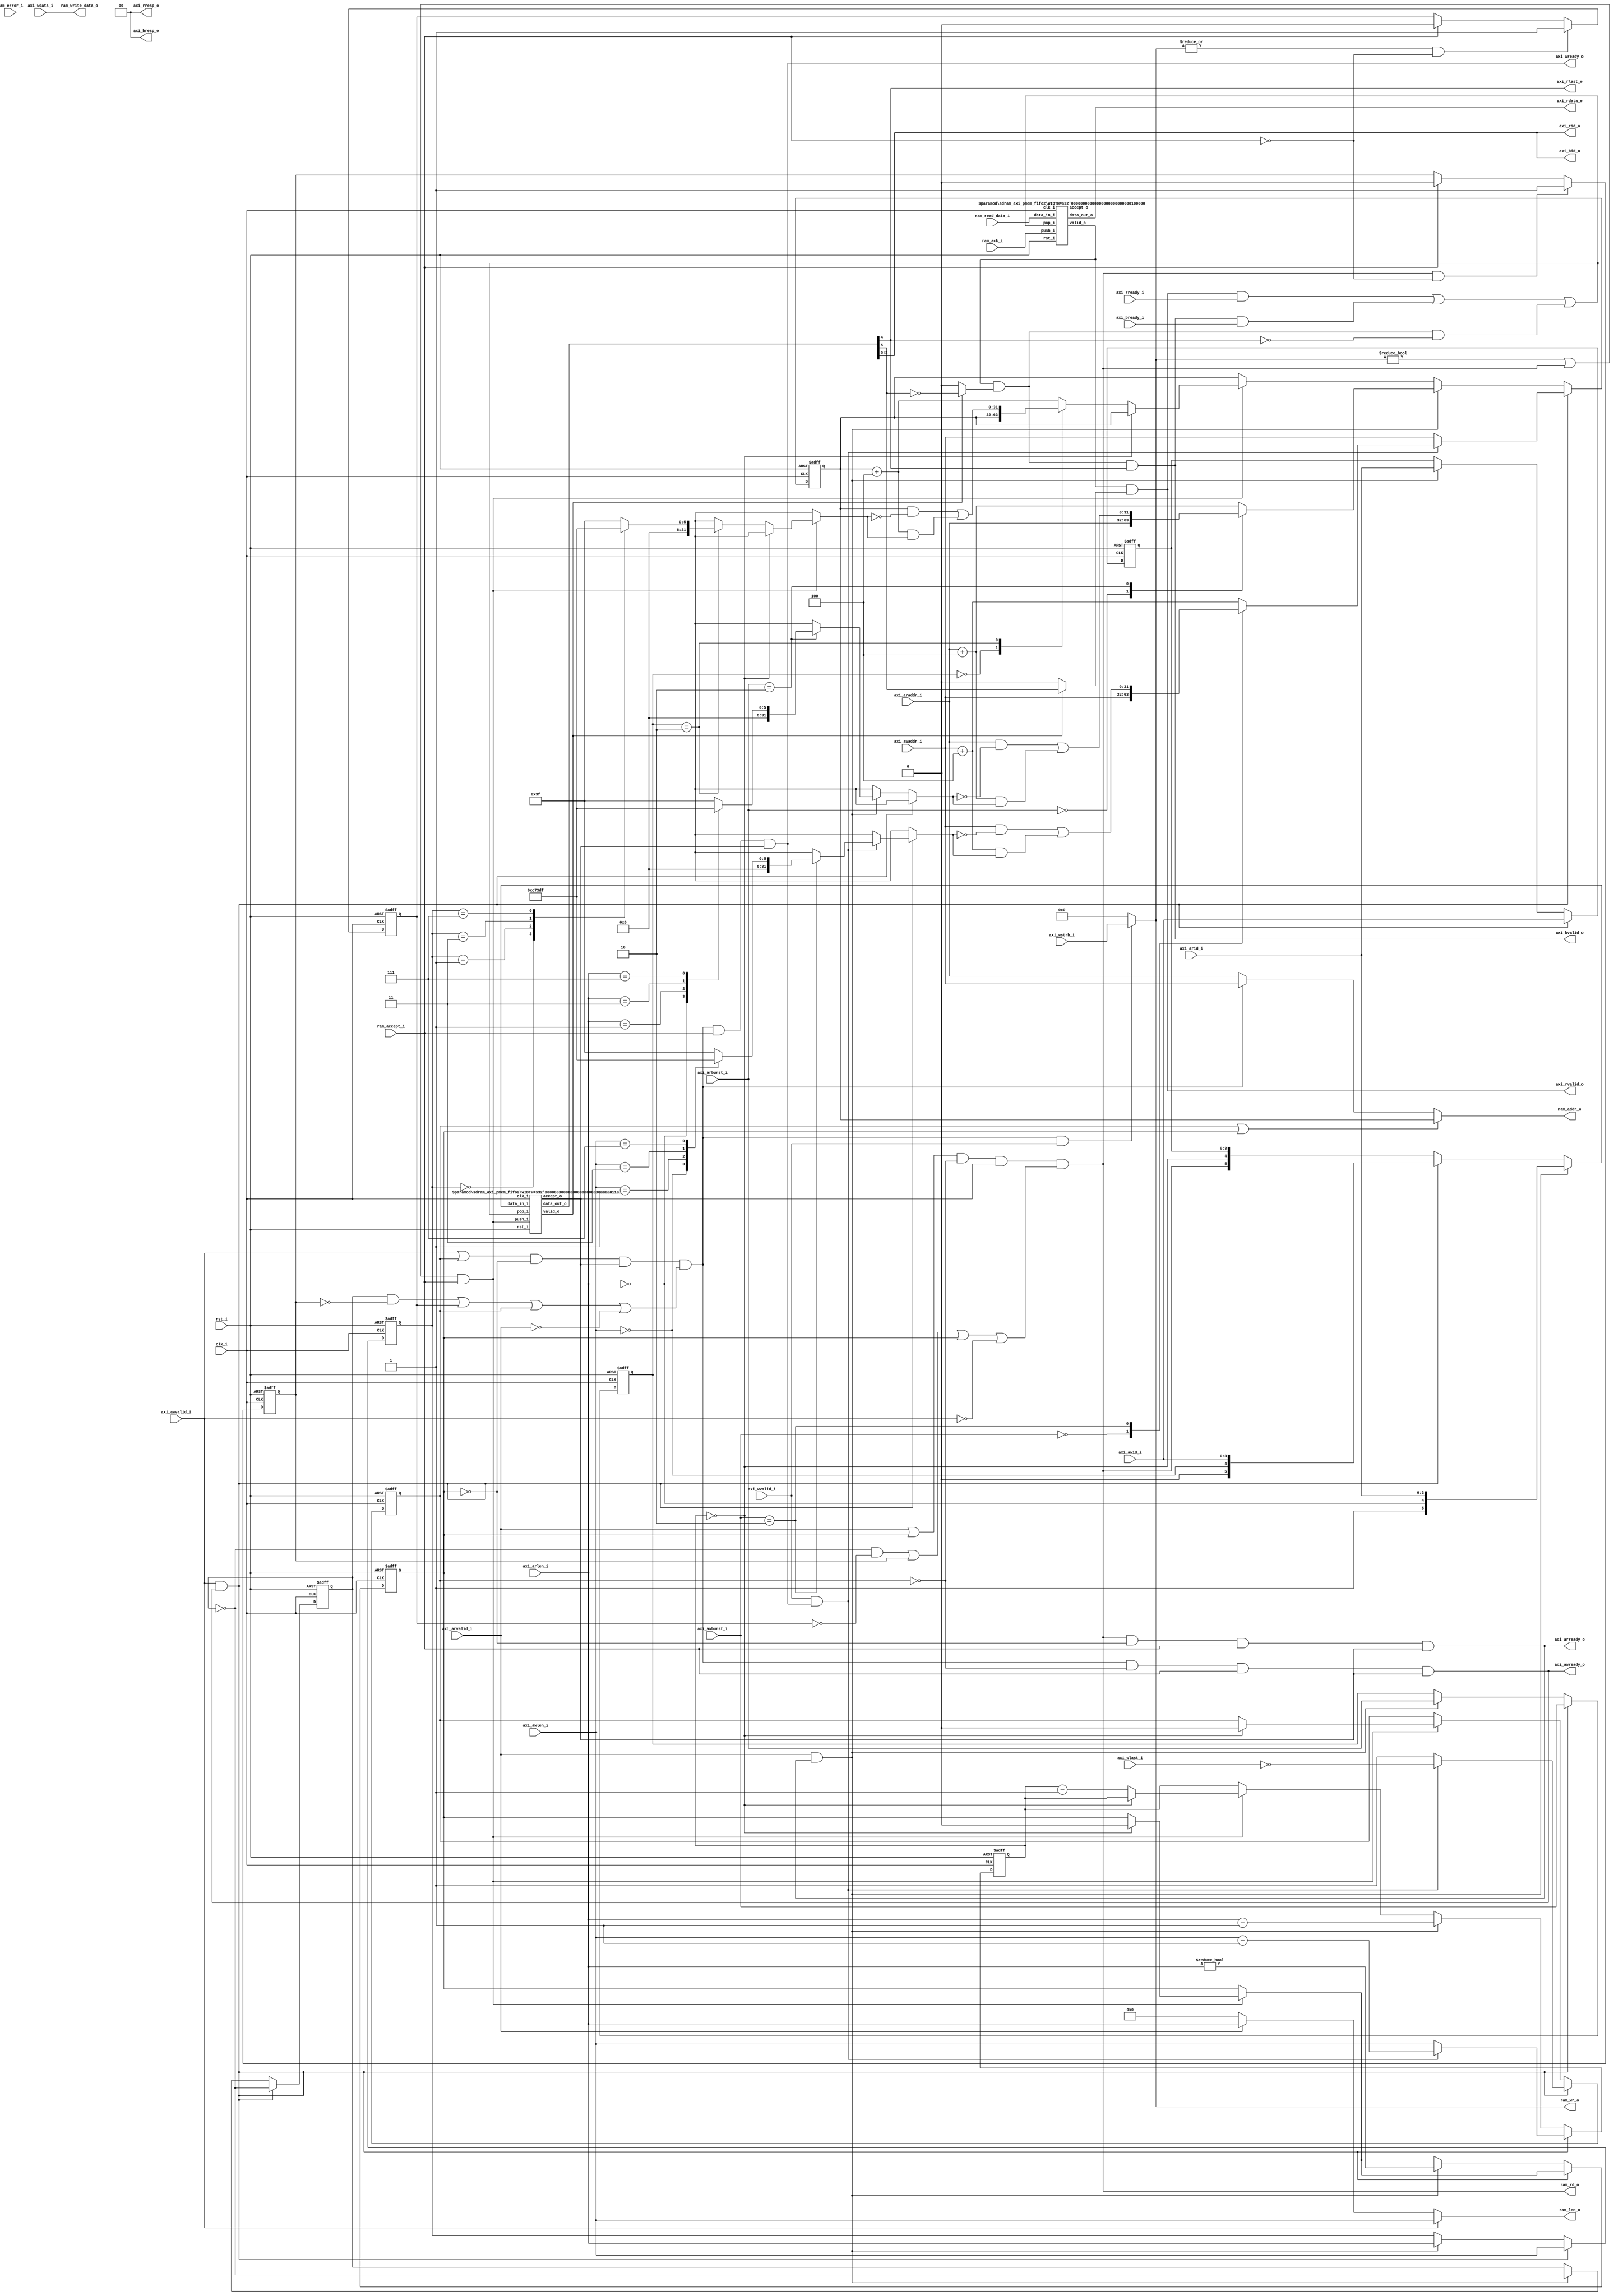
//-----------------------------------------------------------------
//                    SDRAM Controller (AXI4)
//                           V1.0
//                     Ultra-Embedded.com
//                     Copyright 2015-2019
//
//
//                         License: GPL
// If you would like a version with a more permissive license for
// use in closed source commercial applications please contact me
// for details.
//-----------------------------------------------------------------
//
// This file is open source HDL; you can redistribute it and/or 
// modify it under the terms of the GNU General Public License as 
// published by the Free Software Foundation; either version 2 of 
// the License, or (at your option) any later version.
//
// This file is distributed in the hope that it will be useful,
// but WITHOUT ANY WARRANTY; without even the implied warranty of
// MERCHANTABILITY or FITNESS FOR A PARTICULAR PURPOSE.  See the
// GNU General Public License for more details.
//
// You should have received a copy of the GNU General Public 
// License along with this file; if not, write to the Free Software
// Foundation, Inc., 59 Temple Place, Suite 330, Boston, MA 02111-1307
// USA
//-----------------------------------------------------------------

//-----------------------------------------------------------------
//                          Generated File
//-----------------------------------------------------------------

module sdram_axi_pmem
(
    // Inputs
     input           clk_i
    ,input           rst_i
    ,input           axi_awvalid_i
    ,input  [ 31:0]  axi_awaddr_i
    ,input  [  3:0]  axi_awid_i
    ,input  [  7:0]  axi_awlen_i
    ,input  [  1:0]  axi_awburst_i
    ,input           axi_wvalid_i
    ,input  [ 31:0]  axi_wdata_i
    ,input  [  3:0]  axi_wstrb_i
    ,input           axi_wlast_i
    ,input           axi_bready_i
    ,input           axi_arvalid_i
    ,input  [ 31:0]  axi_araddr_i
    ,input  [  3:0]  axi_arid_i
    ,input  [  7:0]  axi_arlen_i
    ,input  [  1:0]  axi_arburst_i
    ,input           axi_rready_i
    ,input           ram_accept_i
    ,input           ram_ack_i
    ,input           ram_error_i
    ,input  [ 31:0]  ram_read_data_i

    // Outputs
    ,output          axi_awready_o
    ,output          axi_wready_o
    ,output          axi_bvalid_o
    ,output [  1:0]  axi_bresp_o
    ,output [  3:0]  axi_bid_o
    ,output          axi_arready_o
    ,output          axi_rvalid_o
    ,output [ 31:0]  axi_rdata_o
    ,output [  1:0]  axi_rresp_o
    ,output [  3:0]  axi_rid_o
    ,output          axi_rlast_o
    ,output [  3:0]  ram_wr_o
    ,output          ram_rd_o
    ,output [  7:0]  ram_len_o
    ,output [ 31:0]  ram_addr_o
    ,output [ 31:0]  ram_write_data_o
);



//-------------------------------------------------------------
// calculate_addr_next
//-------------------------------------------------------------
function [31:0] calculate_addr_next;
    input [31:0] addr;
    input [1:0]  axtype;
    input [7:0]  axlen;

    reg [31:0]   mask;
begin
    mask = 0;

    case (axtype)
    2'd0: // AXI4_BURST_FIXED
    begin
        calculate_addr_next = addr;
    end
    2'd2: // AXI4_BURST_WRAP
    begin
        case (axlen)
        8'd0:      mask = 32'h03;
        8'd1:      mask = 32'h07;
        8'd3:      mask = 32'h0F;
        8'd7:      mask = 32'h1F;
        8'd15:     mask = 32'h3F;
        default:   mask = 32'h3F;
        endcase

        calculate_addr_next = (addr & ~mask) | ((addr + 4) & mask);
    end
    default: // AXI4_BURST_INCR
        calculate_addr_next = addr + 4;
    endcase
end
endfunction

//-----------------------------------------------------------------
// Registers / Wires
//-----------------------------------------------------------------
reg [7:0]   req_len_q;
reg [31:0]  req_addr_q;
reg         req_rd_q;
reg         req_wr_q;
reg [3:0]   req_id_q;
reg [1:0]   req_axburst_q;
reg [7:0]   req_axlen_q;
reg         req_prio_q;
reg         req_hold_rd_q;
reg         req_hold_wr_q;

wire        req_fifo_accept_w;

//-----------------------------------------------------------------
// Sequential
//-----------------------------------------------------------------
always @ (posedge clk_i or posedge rst_i)
if (rst_i)
begin
    req_len_q     <= 8'b0;
    req_addr_q    <= 32'b0;
    req_wr_q      <= 1'b0;
    req_rd_q      <= 1'b0;
    req_id_q      <= 4'b0;
    req_axburst_q <= 2'b0;
    req_axlen_q   <= 8'b0;
    req_prio_q    <= 1'b0;
end
else
begin
    // Burst continuation
    if ((ram_wr_o != 4'b0 || ram_rd_o) && ram_accept_i)
    begin
        if (req_len_q == 8'd0)
        begin
            req_rd_q   <= 1'b0;
            req_wr_q   <= 1'b0;
        end
        else
        begin
            req_addr_q <= calculate_addr_next(req_addr_q, req_axburst_q, req_axlen_q);
            req_len_q  <= req_len_q - 8'd1;
        end
    end

    // Write command accepted
    if (axi_awvalid_i && axi_awready_o)
    begin
        // Data ready?
        if (axi_wvalid_i && axi_wready_o)
        begin
            req_wr_q      <= !axi_wlast_i;
            req_len_q     <= axi_awlen_i - 8'd1;
            req_id_q      <= axi_awid_i;
            req_axburst_q <= axi_awburst_i;
            req_axlen_q   <= axi_awlen_i;
            req_addr_q    <= calculate_addr_next(axi_awaddr_i, axi_awburst_i, axi_awlen_i);
        end
        // Data not ready
        else
        begin
            req_wr_q      <= 1'b1;
            req_len_q     <= axi_awlen_i;
            req_id_q      <= axi_awid_i;
            req_axburst_q <= axi_awburst_i;
            req_axlen_q   <= axi_awlen_i;
            req_addr_q    <= axi_awaddr_i;
        end
        req_prio_q    <= !req_prio_q;
    end
    // Read command accepted
    else if (axi_arvalid_i && axi_arready_o)
    begin
        req_rd_q      <= (axi_arlen_i != 0);
        req_len_q     <= axi_arlen_i - 8'd1;
        req_addr_q    <= calculate_addr_next(axi_araddr_i, axi_arburst_i, axi_arlen_i);
        req_id_q      <= axi_arid_i;
        req_axburst_q <= axi_arburst_i;
        req_axlen_q   <= axi_arlen_i;
        req_prio_q    <= !req_prio_q;
    end
end

always @ (posedge clk_i or posedge rst_i)
if (rst_i)
begin
    req_hold_rd_q   <= 1'b0;
    req_hold_wr_q   <= 1'b0;
end
else
begin
    if (ram_rd_o && !ram_accept_i)
        req_hold_rd_q   <= 1'b1;
    else if (ram_accept_i)
        req_hold_rd_q   <= 1'b0;

    if ((|ram_wr_o) && !ram_accept_i)
        req_hold_wr_q   <= 1'b1;
    else if (ram_accept_i)
        req_hold_wr_q   <= 1'b0;
end

//-----------------------------------------------------------------
// Request tracking
//-----------------------------------------------------------------
wire       req_push_w = (ram_rd_o || (ram_wr_o != 4'b0)) && ram_accept_i;
reg [5:0]  req_in_r;

wire       req_out_valid_w;
wire [5:0] req_out_w;
wire       resp_accept_w;


always @ *
begin
    req_in_r = 6'b0;

    // First cycle of read burst
    if (axi_arvalid_i && axi_arready_o)
        req_in_r = {1'b1, (axi_arlen_i == 8'd0), axi_arid_i};
    // First cycle of write burst
    else if (axi_awvalid_i && axi_awready_o)
        req_in_r = {1'b0, (axi_awlen_i == 8'd0), axi_awid_i};
    // In burst
    else
        req_in_r = {ram_rd_o, (req_len_q == 8'd0), req_id_q};
end

sdram_axi_pmem_fifo2
#( .WIDTH(1 + 1 + 4) )
u_requests
(
    .clk_i(clk_i),
    .rst_i(rst_i),

    // Input
    .data_in_i(req_in_r),
    .push_i(req_push_w),
    .accept_o(req_fifo_accept_w),

    // Output
    .pop_i(resp_accept_w),
    .data_out_o(req_out_w),
    .valid_o(req_out_valid_w)
);

wire resp_is_write_w = req_out_valid_w ? ~req_out_w[5] : 1'b0;
wire resp_is_read_w  = req_out_valid_w ? req_out_w[5]  : 1'b0;
wire resp_is_last_w  = req_out_w[4];
wire [3:0] resp_id_w = req_out_w[3:0];

//-----------------------------------------------------------------
// Response buffering
//-----------------------------------------------------------------
wire resp_valid_w;

sdram_axi_pmem_fifo2
#( .WIDTH(32) )
u_response
(
    .clk_i(clk_i),
    .rst_i(rst_i),

    // Input
    .data_in_i(ram_read_data_i),
    .push_i(ram_ack_i),
    .accept_o(),

    // Output
    .pop_i(resp_accept_w),
    .data_out_o(axi_rdata_o),
    .valid_o(resp_valid_w)
);

//-----------------------------------------------------------------
// RAM Request
//-----------------------------------------------------------------

// Round robin priority between read and write
wire write_prio_w   = ((req_prio_q  & !req_hold_rd_q) | req_hold_wr_q);
wire read_prio_w    = ((!req_prio_q & !req_hold_wr_q) | req_hold_rd_q);

wire write_active_w  = (axi_awvalid_i || req_wr_q) && !req_rd_q && req_fifo_accept_w && (write_prio_w || req_wr_q || !axi_arvalid_i);
wire read_active_w   = (axi_arvalid_i || req_rd_q) && !req_wr_q && req_fifo_accept_w && (read_prio_w || req_rd_q || !axi_awvalid_i);

assign axi_awready_o = write_active_w && !req_wr_q && ram_accept_i && req_fifo_accept_w;
assign axi_wready_o  = write_active_w &&              ram_accept_i && req_fifo_accept_w;
assign axi_arready_o = read_active_w  && !req_rd_q && ram_accept_i && req_fifo_accept_w;

wire [31:0] addr_w   = ((req_wr_q || req_rd_q) ? req_addr_q:
                        write_active_w ? axi_awaddr_i : axi_araddr_i);

wire wr_w    = write_active_w && axi_wvalid_i;
wire rd_w    = read_active_w;

// RAM if
assign ram_addr_o       = addr_w;
assign ram_write_data_o = axi_wdata_i;
assign ram_rd_o         = rd_w;
assign ram_wr_o         = wr_w ? axi_wstrb_i : 4'b0;
assign ram_len_o        = axi_awvalid_i ? axi_awlen_i:
                          axi_arvalid_i ? axi_arlen_i : 8'b0;

//-----------------------------------------------------------------
// Response
//-----------------------------------------------------------------
assign axi_bvalid_o  = resp_valid_w & resp_is_write_w & resp_is_last_w;
assign axi_bresp_o   = 2'b0;
assign axi_bid_o     = resp_id_w;

assign axi_rvalid_o  = resp_valid_w & resp_is_read_w;
assign axi_rresp_o   = 2'b0;
assign axi_rid_o     = resp_id_w;
assign axi_rlast_o   = resp_is_last_w;

assign resp_accept_w    = (axi_rvalid_o & axi_rready_i) | 
                          (axi_bvalid_o & axi_bready_i) |
                          (resp_valid_w & resp_is_write_w & !resp_is_last_w); // Ignore write resps mid burst

endmodule

//-----------------------------------------------------------------
// FIFO
//-----------------------------------------------------------------
module sdram_axi_pmem_fifo2

//-----------------------------------------------------------------
// Params
//-----------------------------------------------------------------
#(
    parameter WIDTH   = 8,
    parameter DEPTH   = 4,
    parameter ADDR_W  = 2
)
//-----------------------------------------------------------------
// Ports
//-----------------------------------------------------------------
(
    // Inputs
     input               clk_i
    ,input               rst_i
    ,input  [WIDTH-1:0]  data_in_i
    ,input               push_i
    ,input               pop_i

    // Outputs
    ,output [WIDTH-1:0]  data_out_o
    ,output              accept_o
    ,output              valid_o
);

//-----------------------------------------------------------------
// Local Params
//-----------------------------------------------------------------
localparam COUNT_W = ADDR_W + 1;

//-----------------------------------------------------------------
// Registers
//-----------------------------------------------------------------
reg [WIDTH-1:0]         ram [DEPTH-1:0];
reg [ADDR_W-1:0]        rd_ptr;
reg [ADDR_W-1:0]        wr_ptr;
reg [COUNT_W-1:0]       count;

//-----------------------------------------------------------------
// Sequential
//-----------------------------------------------------------------
always @ (posedge clk_i or posedge rst_i)
if (rst_i)
begin
    count   <= {(COUNT_W) {1'b0}};
    rd_ptr  <= {(ADDR_W) {1'b0}};
    wr_ptr  <= {(ADDR_W) {1'b0}};
end
else
begin
    // Push
    if (push_i & accept_o)
    begin
        ram[wr_ptr] <= data_in_i;
        wr_ptr      <= wr_ptr + 1;
    end

    // Pop
    if (pop_i & valid_o)
        rd_ptr      <= rd_ptr + 1;

    // Count up
    if ((push_i & accept_o) & ~(pop_i & valid_o))
        count <= count + 1;
    // Count down
    else if (~(push_i & accept_o) & (pop_i & valid_o))
        count <= count - 1;
end

//-------------------------------------------------------------------
// Combinatorial
//-------------------------------------------------------------------
/* verilator lint_off WIDTH */
assign accept_o   = (count != DEPTH);
assign valid_o    = (count != 0);
/* verilator lint_on WIDTH */

assign data_out_o = ram[rd_ptr];



endmodule